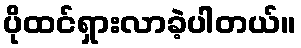
ပိုထင်ရှားလာခဲ့ပါတယ်။